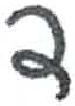
אות: ד